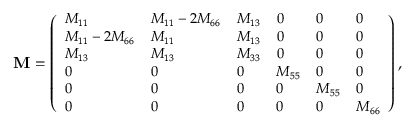
\small { \mathbf { M } = \left( \begin{array} { l l l l l l } { M _ { 1 1 } } & { M _ { 1 1 } - 2 M _ { 6 6 } } & { M _ { 1 3 } } & { 0 } & { 0 } & { 0 } \\ { M _ { 1 1 } - 2 M _ { 6 6 } } & { M _ { 1 1 } } & { M _ { 1 3 } } & { 0 } & { 0 } & { 0 } \\ { M _ { 1 3 } } & { M _ { 1 3 } } & { M _ { 3 3 } } & { 0 } & { 0 } & { 0 } \\ { 0 } & { 0 } & { 0 } & { M _ { 5 5 } } & { 0 } & { 0 } \\ { 0 } & { 0 } & { 0 } & { 0 } & { M _ { 5 5 } } & { 0 } \\ { 0 } & { 0 } & { 0 } & { 0 } & { 0 } & { M _ { 6 6 } } \end{array} \right) , }